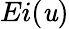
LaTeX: Ei(\mathit{u})